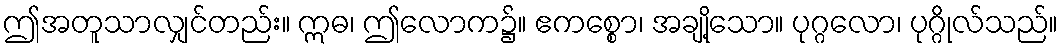
ဤအတူသာလျှင်တည်း။ ဣဓ၊ ဤလောက၌။ ဧကစ္စော၊ အချို့သော။ ပုဂ္ဂလော၊ ပုဂ္ဂိုလ်သည်။